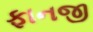
ફાનજી